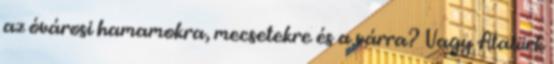
az óvárosi hamamokra, mecsetekre és a várra? Vagy Atatürk